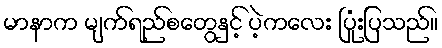
မာနာက မျက်ရည်စတွေနှင့် ပဲ့ကလေး ပြုံးပြသည်။